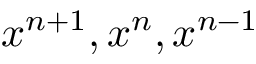
x ^ { n + 1 } , x ^ { n } , x ^ { n - 1 }